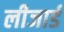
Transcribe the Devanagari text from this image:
लीजार्ड